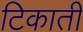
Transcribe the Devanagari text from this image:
टिकाती